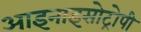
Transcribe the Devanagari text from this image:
आइनाइसोट्रोपी